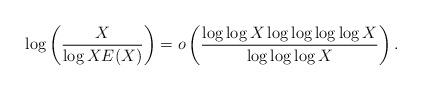
LaTeX: \begin{align*}\log\left(\frac{X}{\log X E(X)}\right)=o\left(\frac{\log\log X\log\log\log\log X}{\log\log\log X}\right).\end{align*}